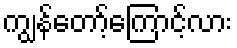
ကျွန်တော့်ကြောင့်လား